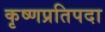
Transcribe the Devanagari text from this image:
कृष्णप्रतिपदा